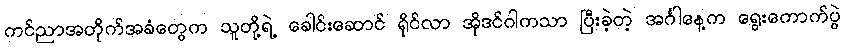
ကင်ညာအတိုက်အခံတွေက သူတို့ရဲ့ ခေါင်းဆောင် ရိုင်လာ အိုဒင်ဂါကသာ ပြီးခဲ့တဲ့ အင်္ဂါနေ့က ရွေးကောက်ပွဲ